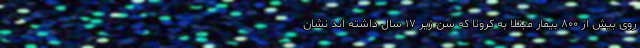
روی بیش از ۸۰۰ بیمار مبتلا به کرونا که سن زیر ۱۷ سال داشته اند نشان